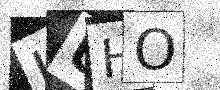
Text: LUHO